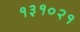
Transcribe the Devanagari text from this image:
१३१०२१